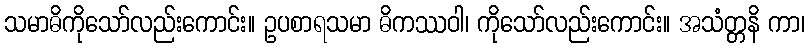
သမာဓိကိုသော်လည်းကောင်း။ ဥပစာရသမာ ဓိကဿဝါ၊ ကိုသော်လည်းကောင်း။ အသံတ္တနိ ကာ၊